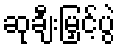
ဆုချီးမြှင့်ပွဲ